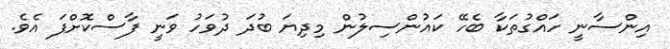
އިންސާނީ ހައްގުތަކާ ބެހޭ ކައުންސިލުން މިދިޔަ ބުދަ ދުވަހު ވަނީ ފާސްކޮށްފަ އެވެ.